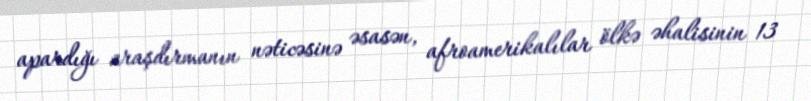
apardığı araşdırmanın nəticəsinə əsasən, afroamerikalılar ölkə əhalisinin 13